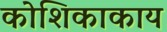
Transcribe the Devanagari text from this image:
कोशिकाकाय